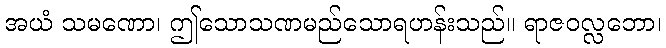
အယံ သမဏော၊ ဤသောသဏမည်သောရဟန်းသည်။ ရာဇဝလ္လဘော၊